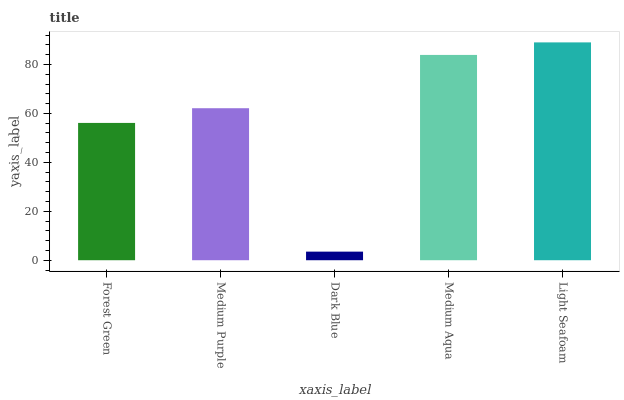
| xaxis_label | bars |
 | --- | --- |
 | Forest Green | 56.1 |
 | Medium Purple | 62.1 |
 | Dark Blue | 3.51 |
 | Medium Aqua | 83.9 |
 | Light Seafoam | 89 |